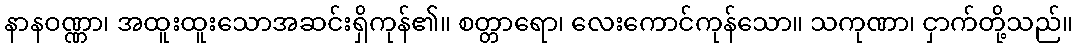
နာနဝဏ္ဏာ၊ အထူးထူးသောအဆင်းရှိကုန်၏။ စတ္တာရော၊ လေးကောင်ကုန်သော။ သကုဏာ၊ ငှာက်တို့သည်။